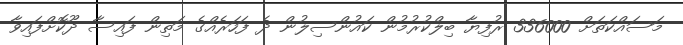
މަސައްކަތަށް 336000 ރުފިޔާ ބިލްކުރުމުން ކައުންސިލުން ދެ ފަހަރެއްގެ މަތިން ފައިސާ ދޫކޮށްފައިވާ